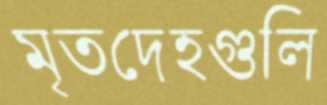
মৃতদেহগুলি